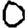
Digit: 0